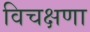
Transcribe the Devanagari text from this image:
विचक्षणा